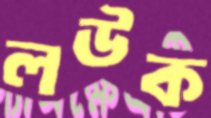
লউক